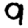
Digit: 9